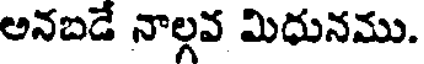
అనబడే నాల్గవ మిధునము.